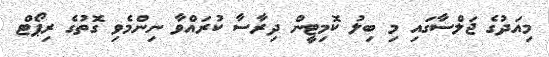
މިއަދުގެ ޖަލްސާގައި މި ބިލު ކޮމިޓީން ދިރާސާ ކުރައްވާ ނިންމެވި ގޮތުގެ ރިޕޯޓް